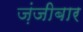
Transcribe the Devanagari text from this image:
ज़ंजीबार